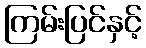
ကြမ်းပြင်နှင့်